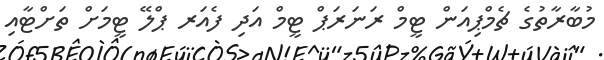
މުބާރާތުގެ ޗެމްޕިއަން ޓީމް ރަނަރަޕް ޓީމް އަދި ފެއަރ ޕްލޭ ޓީމަށް ތަށްޓާއި